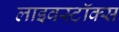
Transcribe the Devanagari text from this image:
लाइवस्टॉक्स